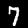
Digit: 7